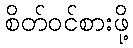
စိတ်ဝင်စားဖို့